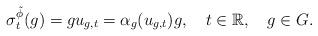
LaTeX: \begin{align*}\sigma^{\tilde{\phi}}_t(g)=gu_{g,t}=\alpha_g(u_{g,t})g,\ \ \ t\in \mathbb{R},\ \ \ g\in G.\end{align*}